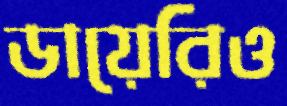
ডায়েরিও